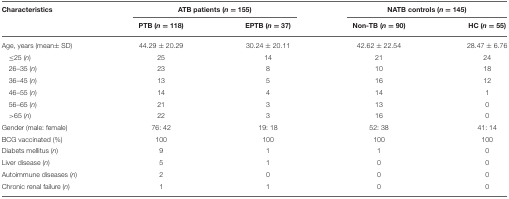
| Characteristics | <COLSPAN=2> ATB patients (n = 155) | <COLSPAN=2> NATB controls (n = 145) |
 |  | PTB (n = 118) | EPTB (n = 37) | Non-TB (n = 90) | HC (n = 55) |
 | --- | --- | --- | --- | --- |
 | Age, years (mean± SD) | 44.29 ± 20.29 | 30.24 ± 20.11 | 42.62 ± 22.54 | 28.47 ± 6.76 |
 | ≤25 (n) | 25 | 14 | 21 | 24 |
 | 26–35 (n) | 23 | 8 | 10 | 18 |
 | 36–45 (n) | 13 | 5 | 16 | 12 |
 | 46–55 (n) | 14 | 4 | 14 | 1 |
 | 56–65 (n) | 21 | 3 | 13 | 0 |
 | >65 (n) | 22 | 3 | 16 | 0 |
 | Gender (male: female) | 76: 42 | 19: 18 | 52: 38 | 41: 14 |
 | BCG vaccinated (%) | 100 | 100 | 100 | 100 |
 | Diabets mellitus (n) | 9 | 1 | 1 | 0 |
 | Liver disease (n) | 5 | 1 | 0 | 0 |
 | Autoimmune diseases (n) | 2 | 0 | 0 | 0 |
 | Chronic renal failure (n) | 1 | 1 | 0 | 0 |